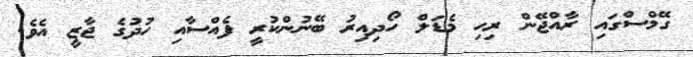
ގޭމްސްގައި ރާއްޖޭން ރިހި މެޑަލް ހޯދިއިރު ބޭނުންކުރީ ފެއްސާއި ހުދުގެ ޖާޒީ އެވެ.